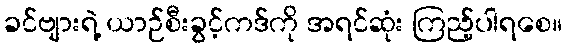
ခင်ဗျားရဲ့ ယာဉ်စီးခွင့်ကဒ်ကို အရင်ဆုံး ကြည့်ပါရစေ။